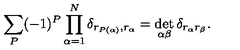
\sum _ { P } ( - 1 ) ^ { P } \prod _ { \alpha = 1 } ^ { N } \delta _ { r _ { P ( \alpha ) } , r _ { \alpha } } = \det _ { \alpha \beta } \delta _ { r _ { \alpha } r _ { \beta } } .